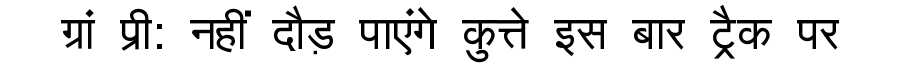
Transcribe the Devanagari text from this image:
ग्रां प्री: नहीं दौड़ पाएंगे कुत्ते इस बार ट्रैक पर